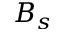
B _ { s }